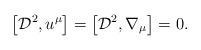
LaTeX: \begin{align*}\left[{\cal D}^2, u^\mu\right]=\left[{\cal D}^2, \nabla_\mu\right]=0.\end{align*}